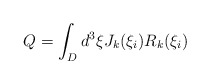
\begin{align*}Q=\int_{D}d^3 \xi J_k(\xi_i)R_k(\xi_i)\end{align*}